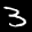
Label: 3